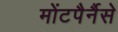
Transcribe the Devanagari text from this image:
मोंटपैर्नैसे